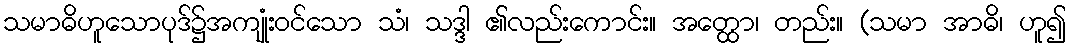
သမာဓိဟူသောပုဒ်၌အကျုံးဝင်သော သံ၊ သဒ္ဒါ ၏လည်းကောင်း။ အတ္ထော၊ တည်း။ (သမာ အာဓိ၊ ဟူ၍